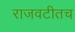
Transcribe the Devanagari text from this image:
राजवटीतच